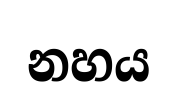
නහය